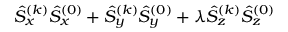
\hat { S } _ { x } ^ { ( k ) } \hat { S } _ { x } ^ { ( 0 ) } + \hat { S } _ { y } ^ { ( k ) } \hat { S } _ { y } ^ { ( 0 ) } + \lambda \hat { S } _ { z } ^ { ( k ) } \hat { S } _ { z } ^ { ( 0 ) }